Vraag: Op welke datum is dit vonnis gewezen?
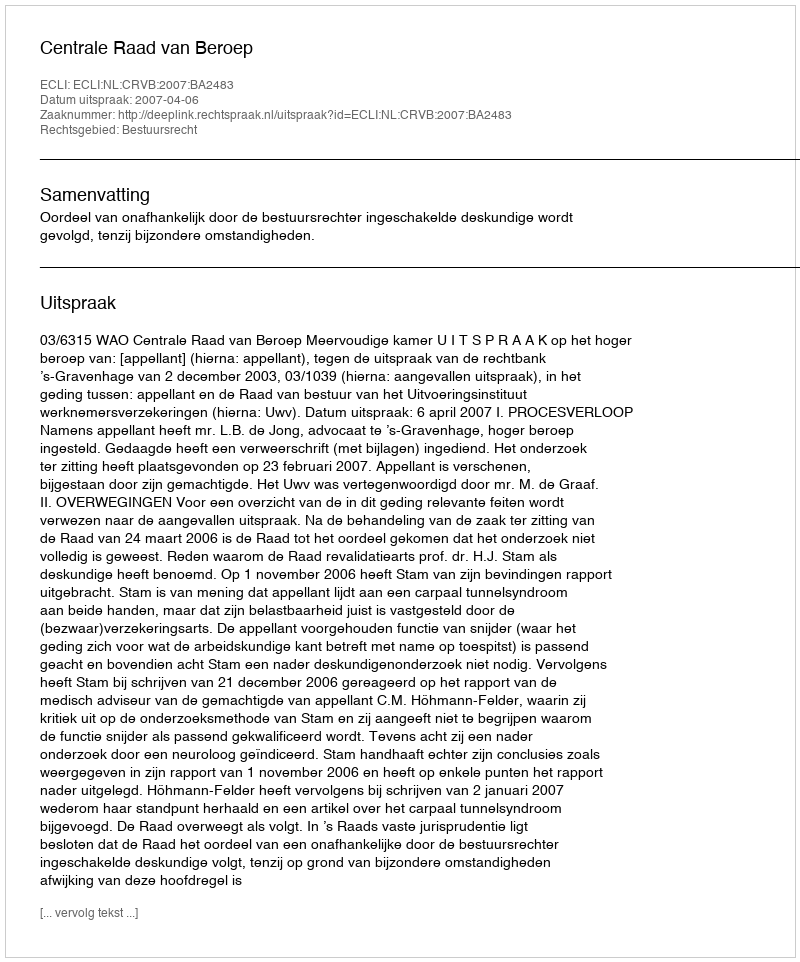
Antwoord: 2007-04-06